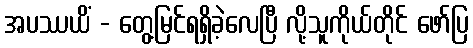
အပဿယိံ - တွေ့မြင်ရရှိခဲ့လေပြီ လို့သူကိုယ်တိုင် ဖော်ပြ